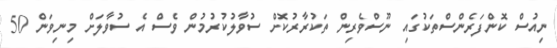
ނިއުސް ކޮންފަރެންސްތަކުގައި ނޫސްވެރިން ތަކުރާރުކޮށް ސުވާލުކުރުމުން ވެސް އެ ސުވާލަށް މިނިވަން 50